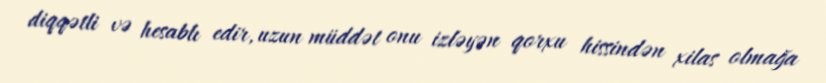
diqqətli və hesablı edir, uzun müddət onu izləyən qorxu hissindən xilas olmağa